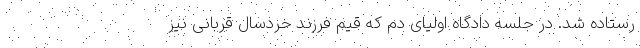
رستاده شد. در جلسه دادگاه اولیای دم که قیم فرزند خردسال قربانی نیز